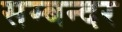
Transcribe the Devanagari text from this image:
सम्बन्दर